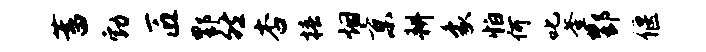
蓄勃匠酆然杏椿烟京耕象怕何叱釜酆偃